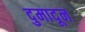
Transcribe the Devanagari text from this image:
दुमादून